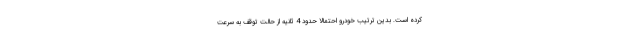
کرده است. بدین ترتیب خودرو احتمالا حدود 4 ثانیه از حالت توقف به سرعت